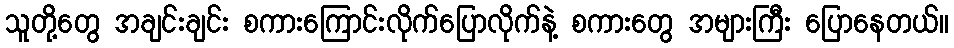
သူတို့တွေ အချင်းချင်း စကားကြောင်းလိုက်ပြောလိုက်နဲ့ စကားတွေ အများကြီး ပြောနေတယ်။